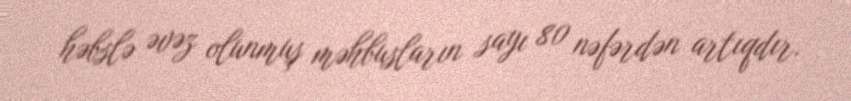
həbslə əvəz olunmuş məhbusların sayı 80 nəfərdən artıqdır.